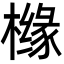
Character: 橼